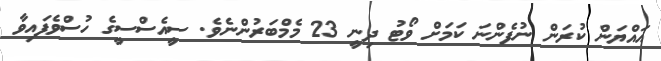
އައްޔަން ކުރަން ނުފެންނަ ކަމަށް ވޯޓު ދިނީ 23 މެމްބަރުންނެވެ. ސީއެސްސީގެ ހުސްވެފައިވާ